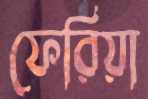
ফেরিয়া